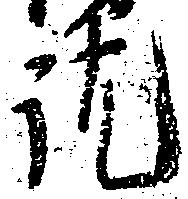
訖